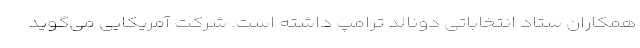
همکاران ستاد انتخاباتی دونالد ترامپ داشته است. شرکت آمریکایی می‌گوید